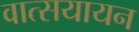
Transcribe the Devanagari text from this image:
वात्सयायन